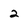
Character: 2